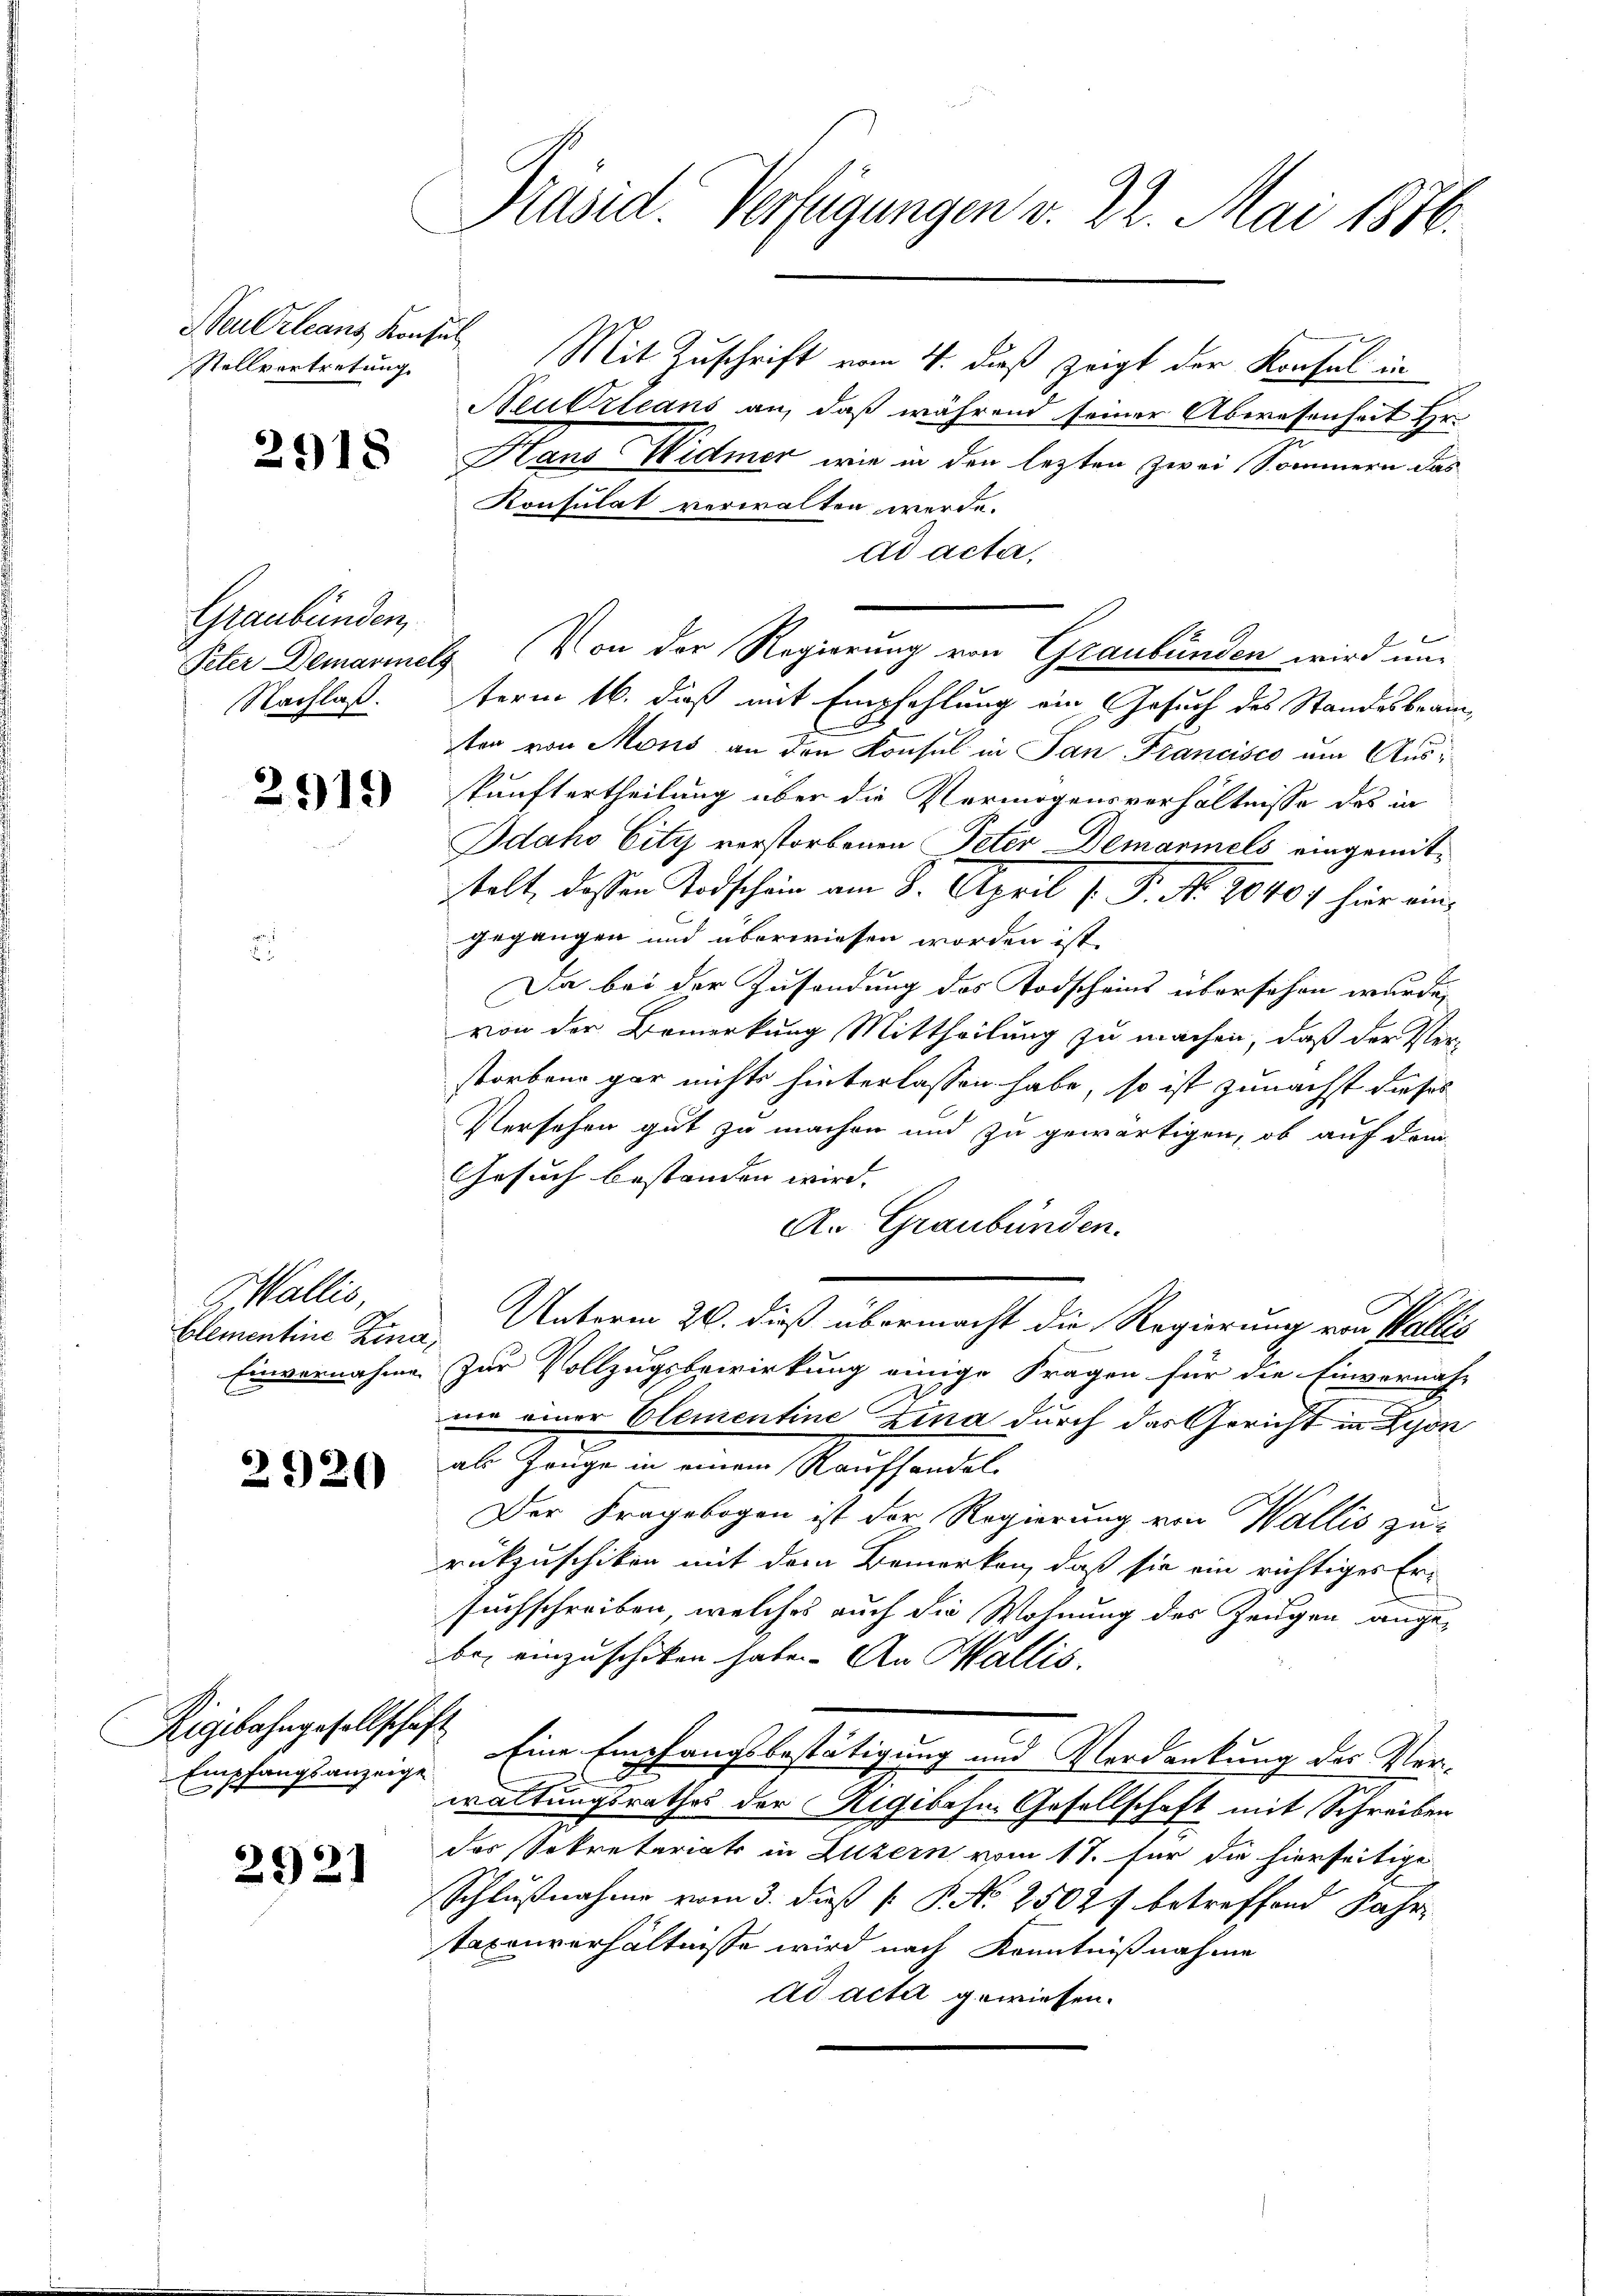
Neu Orleans Konsul
Stellvertretung.

2918

Graubünden
Nachlaß.

2919

Wallis,
Elementine Lina,

2920

Rigibahngesellschaft
Empfangsanzeige

2921

Präsid. Verfügungen v. 22. Mai 1876.

Mit Zuschrift vom 4. dieß zeigt der Konsul in
Beubzleans an, daß während seiner Abwesenheit Hr.
Hans Widmer wie in den lezten zwei Sommern das
Konsulat verwalten werde.
ad acta.
1
Peter Demarmels Von der Regierung von Graubünden wird unterm 16. dieß mit Empfehlung ein Gesuch des Standesbeame
ten von Mons an den Konsul in San Francisco am Auskunftertheilung über die Vermögensverhältnisse des in
Idaho City verstorbenen Peter Demarmels eingemittelt, dassen Todschein am 8. April 1. P. Nr. 2040 hier eingegangen und überwiesen worden ist.
Da bei der Zusendung des Todscheins übersehen wurde,
von der Bemerkung Mittheilung zu machen, daß der Ver-
storben gar nichts hinterlassen habe, so ist zunächst dieses
Versehen gut zu machen und zu gewärtigen, ob auf dem
Gesuch bestanden wird. |
An Graubünden.
Unterm 20. dieß übermacht die Regierung von Wallis
Einvernahme zur Vollzugsbewirkung einige Fragen für die Einvernah-
ner einer Clementine Zina durch das Gericht in Lyon
als Zeuge in einem Raufhandel
Der Fragebogen ist der Regierung von Wallis zu-
rükzuschiken mit dem Bemerken, daß sie ein richtiges Er-
suchschreiben, welches auch die Wohnung des Zeugen angebei einzuschiken habe. An Wallis.
Eine Empfangsbestätigung und Verdankung des Ver¬
6
waltungsrathes der Rigibahne Gesellschaft mit Schreiben
des Sekretariats in Luzern vom 17. für die hierseitige
Schlußnahme vom 3. dieß P. P. No 25027 betreffend Fahr
taxenverhältnisse wird nach Kenntnißnahme
ad acta gewiesen.